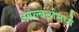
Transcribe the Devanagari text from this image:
आल्बर्टामध्ये